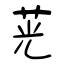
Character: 茪